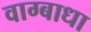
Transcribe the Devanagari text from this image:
वाग्बाधा